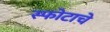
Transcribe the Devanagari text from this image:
स्फोटाचे